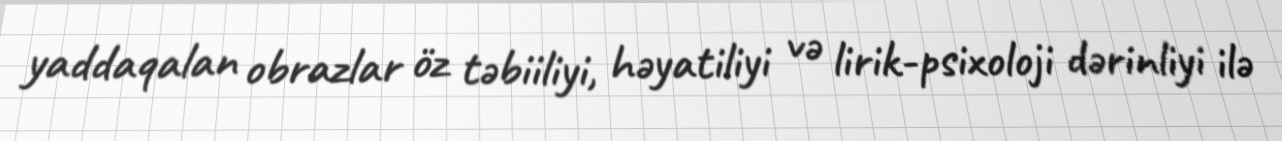
yaddaqalan obrazlar öz təbiiliyi, həyatiliyi və lirik-psixoloji dərinliyi ilə